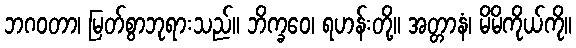
ဘဂဝတာ၊ မြတ်စွာဘုရားသည်။ ဘိက္ခဝေ၊ ရဟန်းတို့။ အတ္တာနံ၊ မိမိကိုယ်ကို။